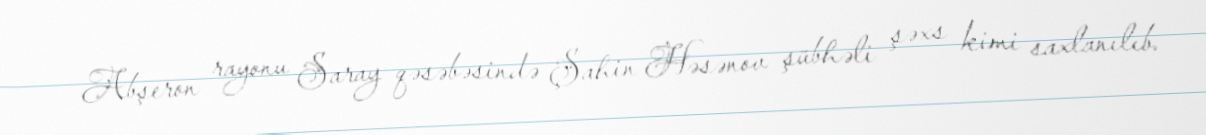
Abşeron rayonu Saray qəsəbəsində Şahin Həsənov şübhəli şəxs kimi saxlanılıb.